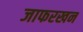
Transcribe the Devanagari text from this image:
जाफरखन